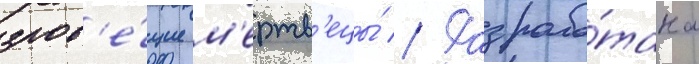
злов'е́щие м'ертв'ецы́ // Разрабо́тана